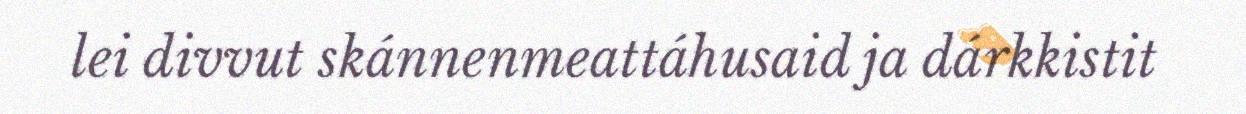
lei divvut skánnenmeattáhusaid ja dárkkistit